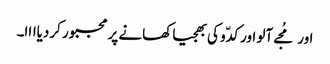
اور مُجے آلو اور کدّو کی بھجیا کھانے پر مجبور کردیاااا۔